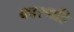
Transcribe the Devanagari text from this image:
कारणहि